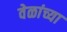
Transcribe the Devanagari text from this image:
वेळांच्या